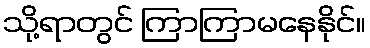
သို့ရာတွင် ကြာကြာမနေနိုင်။